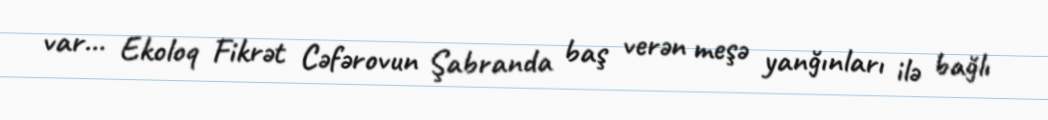
var... Ekoloq Fikrət Cəfərovun Şabranda baş verən meşə yanğınları ilə bağlı